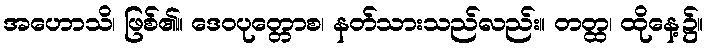
အဟောသိ၊ ဖြစ်၏။ ဒေဝပုတ္တောစ၊ နတ်သားသည်လည်း။ တတ္ထ၊ ထိုနေ့၌။